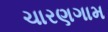
ચારણગામ